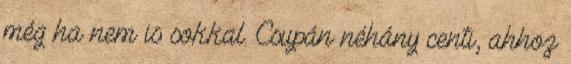
még ha nem is sokkal. Csupán néhány centi, ahhoz